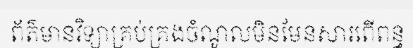
ព័ត៌មានវិទ្យាគ្រប់គ្រងចំណូលមិនមែនសារពើពន្ធ